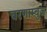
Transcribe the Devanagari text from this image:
चरणाम्बुज